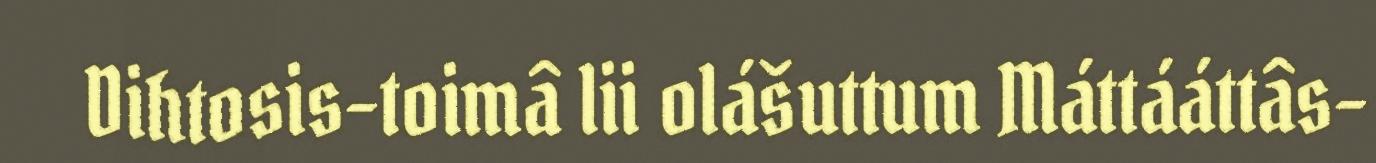
Dihtosis-toimâ lii olášuttum Máttááttâs-